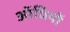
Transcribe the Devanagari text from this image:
ऑधियों